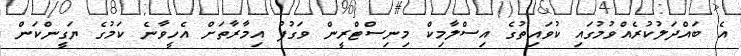
އެ ބައްދަލުކުރެއްވުމުގައި ކުވައިތުގެ އިސްލާމިކް މިނިސްޓްރީން ވަގުފު އިމާރާތަށް އެހީވާނެ ކަމުގެ ޔަގީންކަން